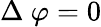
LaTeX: \Delta\ \varphi=0